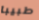
طبيبا